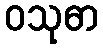
ဝသုဓာ